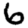
Digit: 6